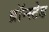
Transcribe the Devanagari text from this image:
ब्रॉन्स्टेड